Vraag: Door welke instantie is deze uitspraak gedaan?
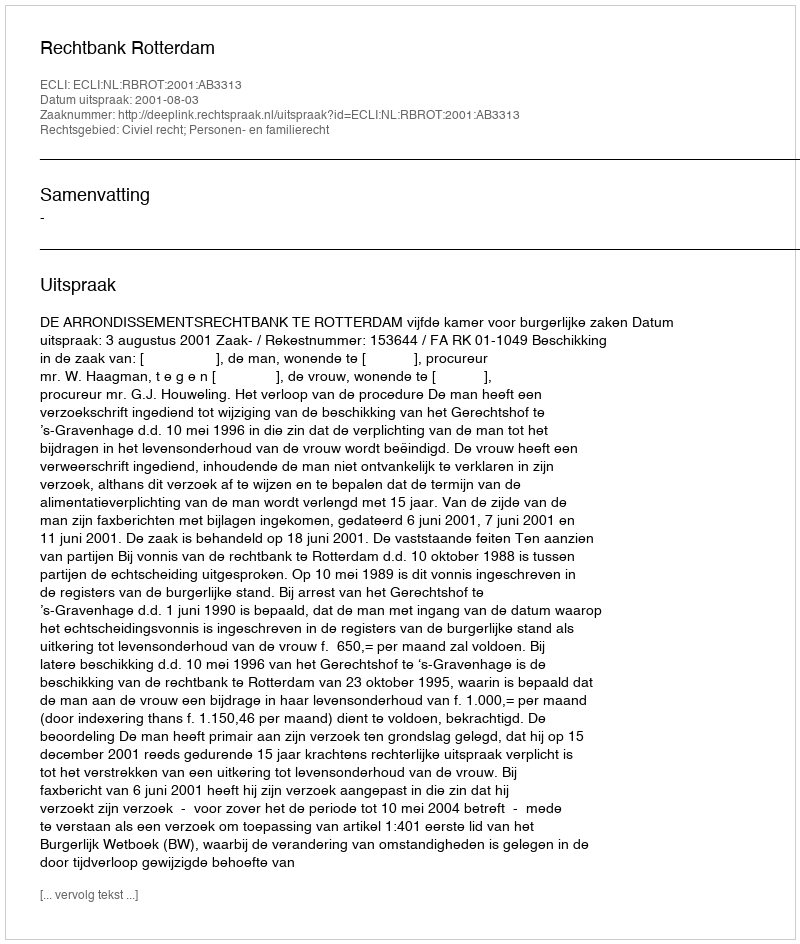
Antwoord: Rechtbank Rotterdam